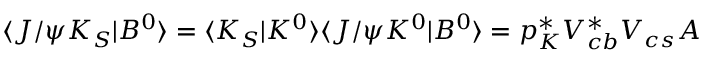
\langle J / \psi K _ { S } | B ^ { 0 } \rangle = \langle K _ { S } | K ^ { 0 } \rangle \langle J / \psi K ^ { 0 } | B ^ { 0 } \rangle = p _ { K } ^ { \ast } V _ { c b } ^ { \ast } V _ { c s } A